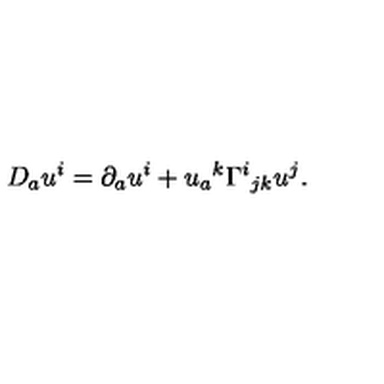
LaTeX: D _ { a } u ^ { i } = \partial _ { a } u ^ { i } + u _ { a } { } ^ { k } \Gamma ^ { i } { } _ { j k } u ^ { j } .